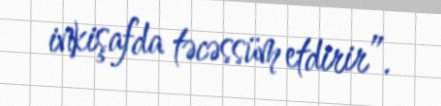
inkişafda təcəssüm etdirir”.